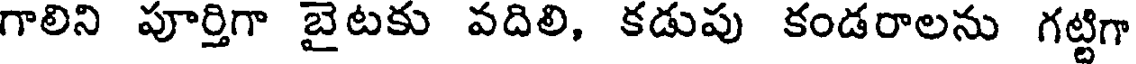
గాలిని పూర్తిగా బైటకు వదిలి, కడుపు కండరాలను గట్టిగా